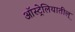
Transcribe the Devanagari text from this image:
ऑस्ट्रेलियातील्